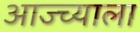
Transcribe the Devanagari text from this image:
आज्च्याला